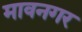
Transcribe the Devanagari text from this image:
मावनगर